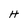
Character: H